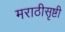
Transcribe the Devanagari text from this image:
मराठीसृष्टी